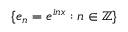
\{ e _ { n } = e ^ { i n x } : n \in \mathbb { Z } \}